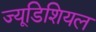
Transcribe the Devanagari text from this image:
ज्यूडिशियल